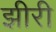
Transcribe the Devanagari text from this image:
झीरी